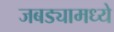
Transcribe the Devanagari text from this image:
जबड्यामध्ये